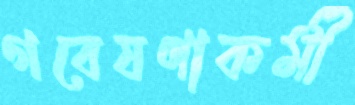
গবেষণাকর্মী